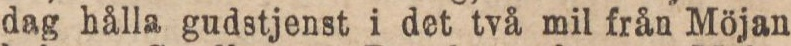
dag hålla gudstjenst i det två mil från Möjan